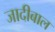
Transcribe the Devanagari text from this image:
जादीबाल